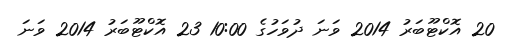
20 އޮކްޓޫބަރު 2014 ވަނަ ދުވަހުގެ 10:00 23 އޮކްޓޫބަރު 2014 ވަނަ